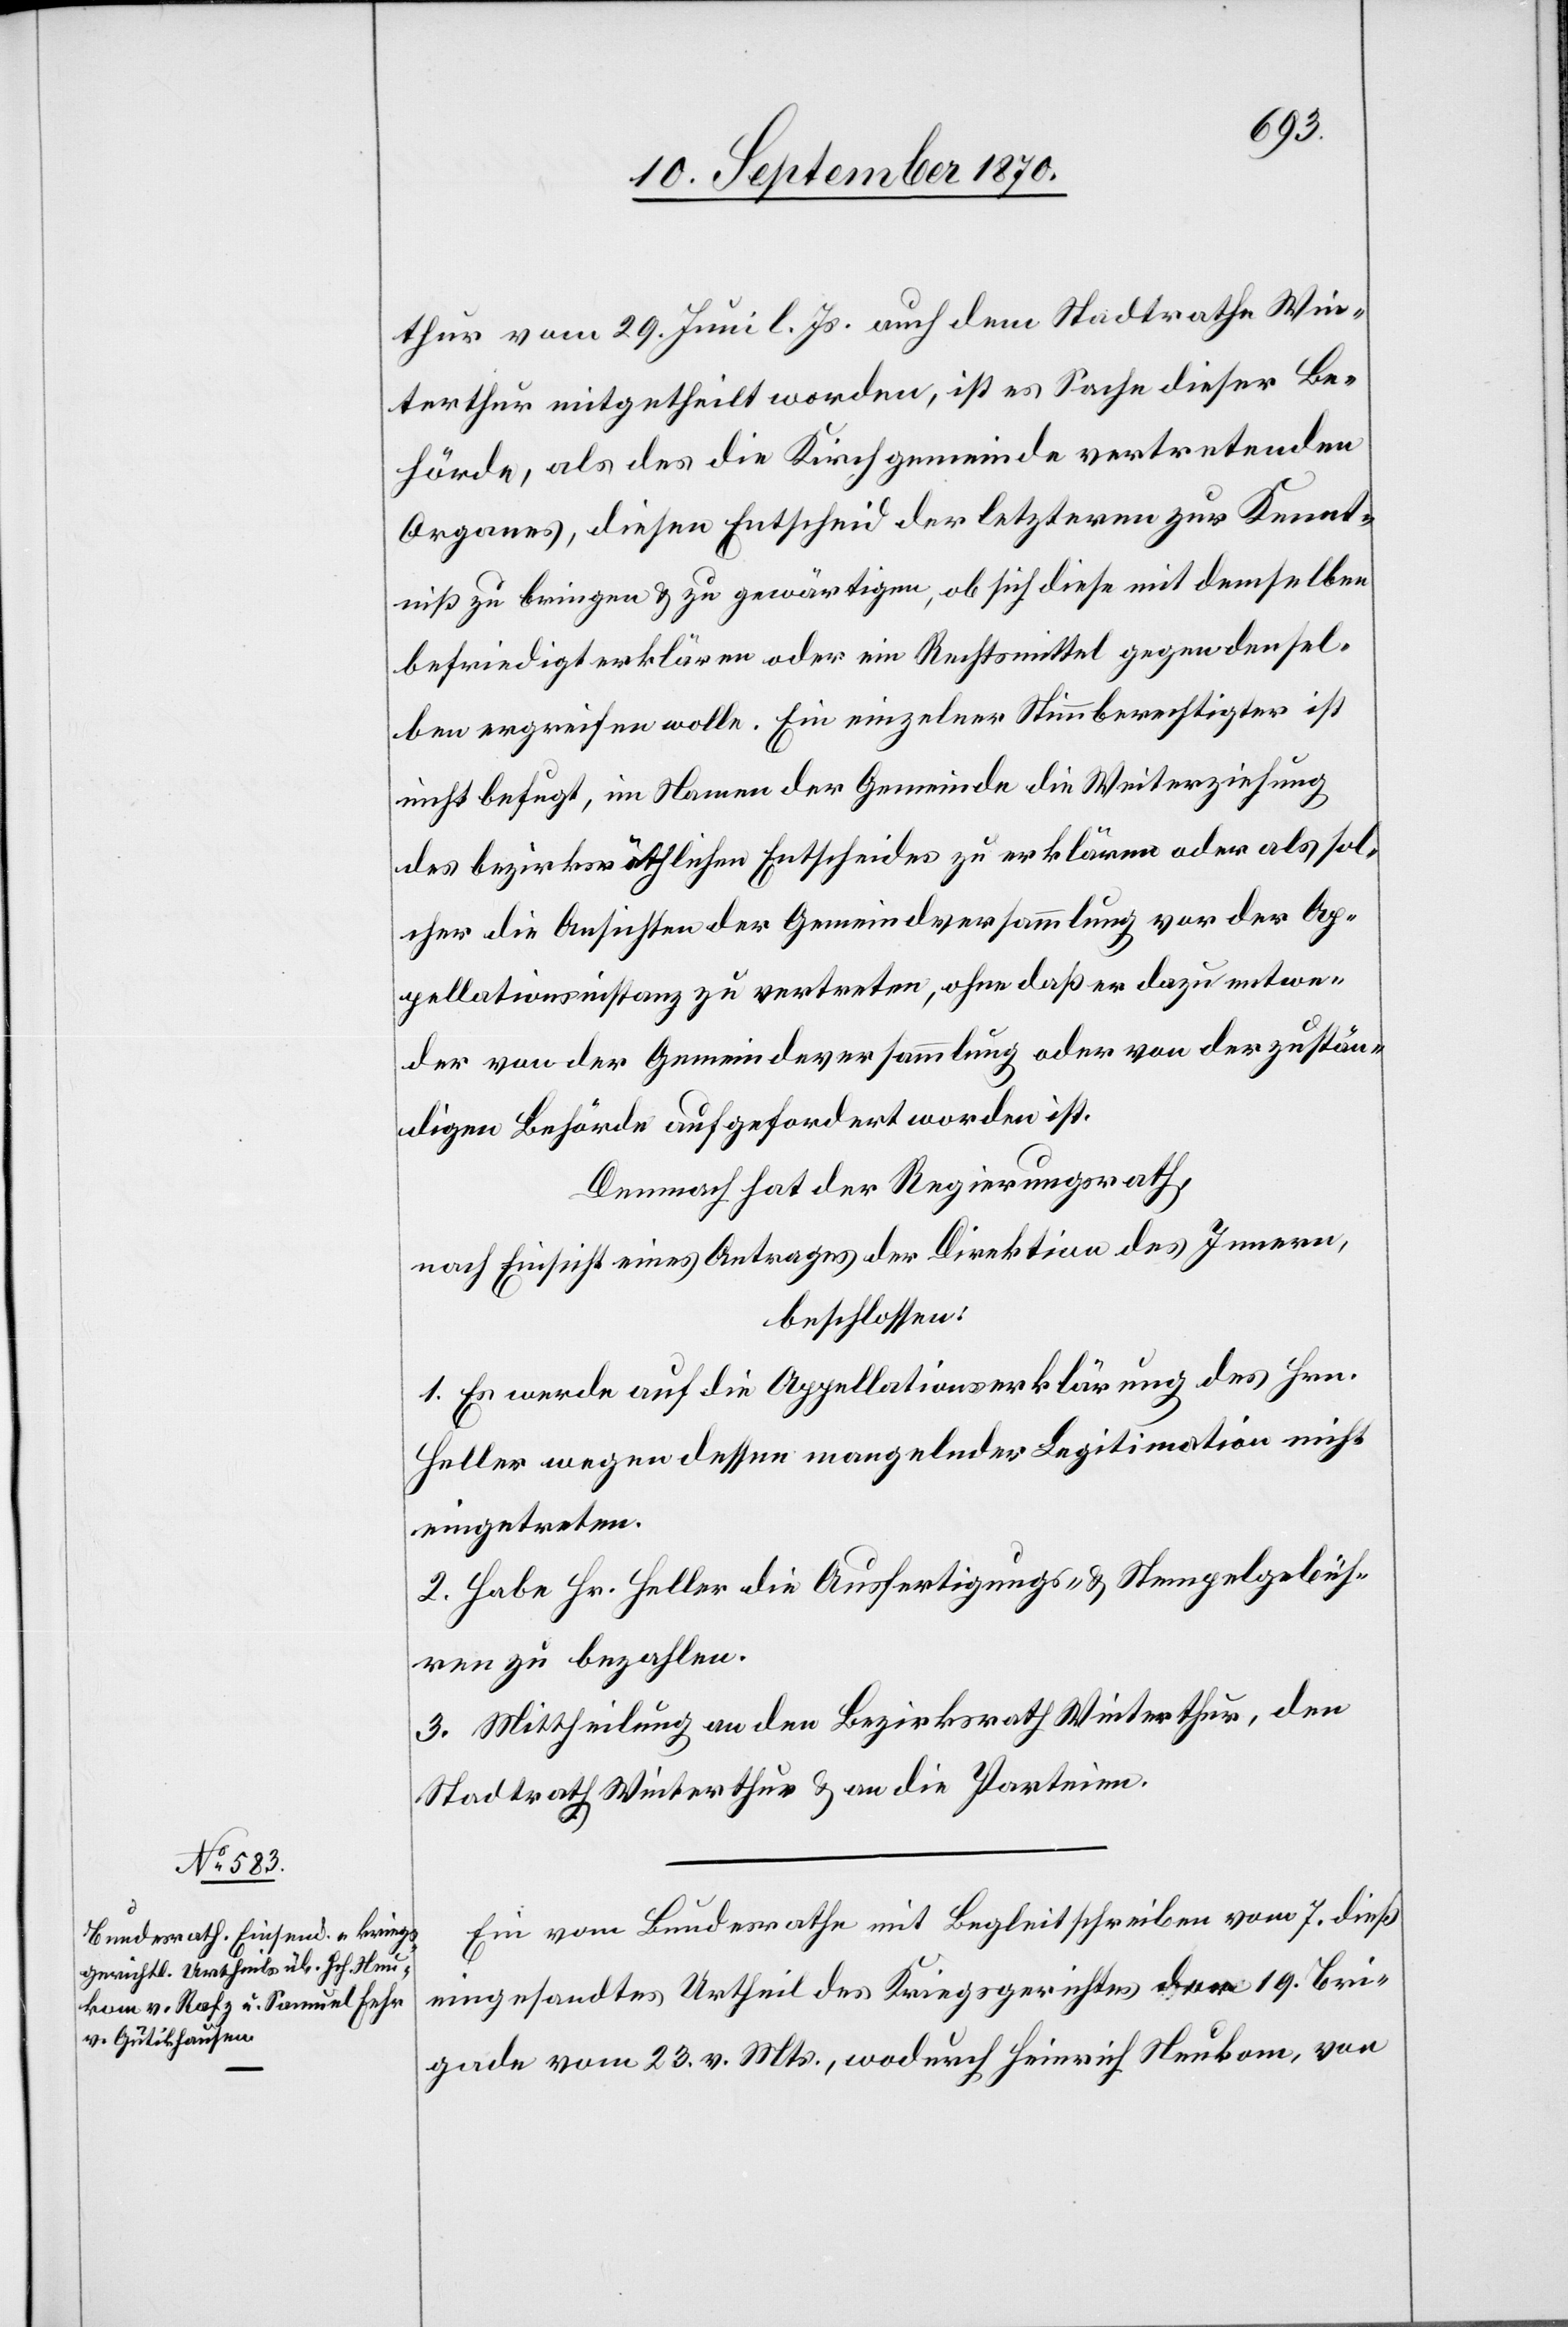
thur vom 29. Juni l. Js. auch dem Stadtrathe Win¬
terthur mitgetheilt worden, ist es Sache dieser Be¬
hörde, als das die Kirchgemeinde vertretenden
Organes, diesen Entscheid der letzteren zur Kennt¬
niß zu bringen & zu gewärtigen, ob sich diese mit demselben
befriedigt erklären oder ein Rechtsmittel gegen densel¬
ben ergreifen wolle. Ein einzelner Stimmberechtigter ist
nicht befugt, im Namen der Gemeinde die Weiterziehung
des bezirksräthlichen Entscheides zu erklären oder als sol¬
cher die Ansichten der Gemeindeversammlung vor der Ap¬
pellationsinstanz zu vertreten, ohne daß er dazu entwe¬
der vor der Gemeindeversammlung oder von der zustän¬
digen Behörde aufgefordert worden ist.
Demnach hat der Regierungsrath,
nach Einsicht eines Antrages der Direktion des Innern,
beschlossen:
1. Es werde auf die Appellationserklärung des Hrn.
Heller wegen dessen mangelnder Legitimation nicht
eingetreten.
2. Habe Hr. Heller die Ausfertigungs- & Stempelgebüh¬
ren zu bezahlen.
3. Mittheilung an den Bezirksrath Winterthur, den
Stadtrath Winterthur & an die Parteien.
Ein vom Bundesrathe mit Begleitschreiben vom 7. dieß
eingesandtes Urtheil des Kriegsgerichtes der 19. Bri¬
gade vom 20. v. Mts., wodurch Heinrich Neukom, von